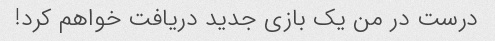
درست در من یک بازی جدید دریافت خواهم کرد!